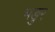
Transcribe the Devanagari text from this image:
भङुर